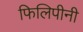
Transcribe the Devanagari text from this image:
फिलिपीनी